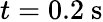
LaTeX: t=0.2~\mathrm{s}